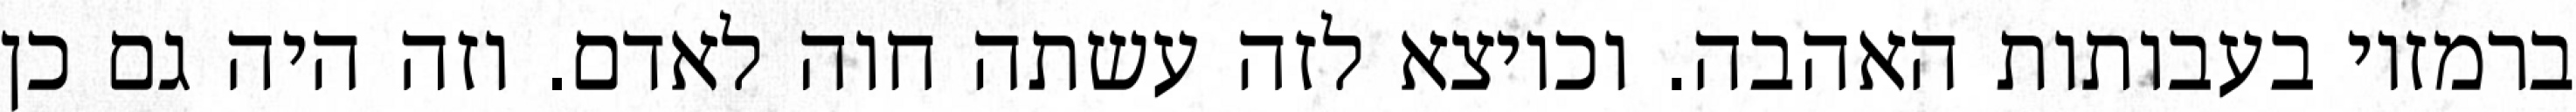
ברמזיו בעבותות האהבה. וכיוצא לזה עשתה חוה לאדם. וזה היה גם כן